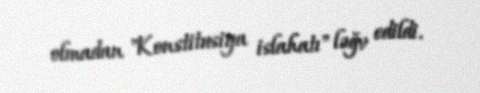
olmadan "Konstitusiya islahatı" ləğv edildi.